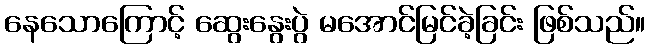
နေသောကြောင့် ဆွေးနွေးပွဲ မအောင်မြင်ခဲ့ခြင်း ဖြစ်သည်။